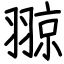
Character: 翞